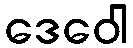
ဒေဝေါ